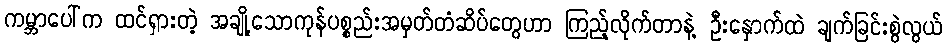
ကမ္ဘာပေါ်က ထင်ရှားတဲ့ အချို့သောကုန်ပစ္စည်းအမှတ်တံဆိပ်တွေဟာ ကြည့်လိုက်တာနဲ့ ဦးနှောက်ထဲ ချက်ခြင်းစွဲလွယ်